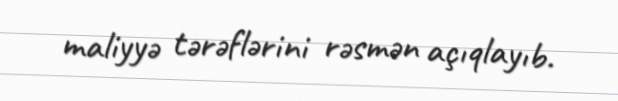
maliyyə tərəflərini rəsmən açıqlayıb.